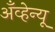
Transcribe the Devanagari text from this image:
अँव्हेन्यू